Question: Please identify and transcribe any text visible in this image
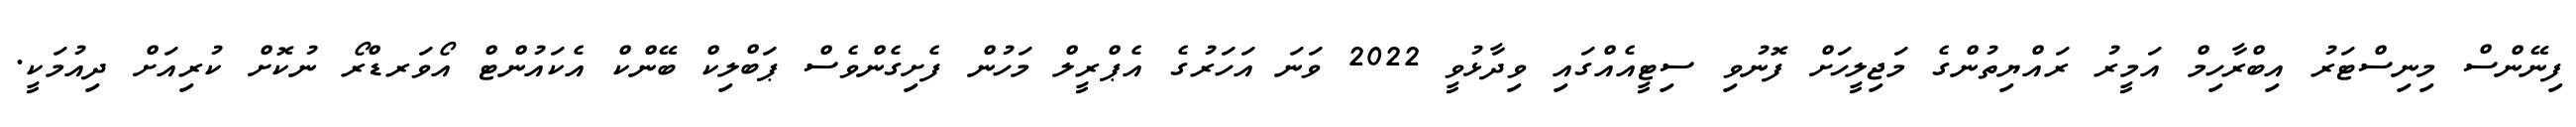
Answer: ފިނޭންސް މިނިސްޓަރު އިބްރާހިމް އަމީރު ރައްޔިތުންގެ މަޖިލީހަށް ފޮނުވި ސިޓީއެއްގައި ވިދާޅުވީ 2022 ވަނަ އަހަރުގެ އެޕްރީލް މަހުން ފެށިގެންވެސް ޕަބްލިކް ބޭންކް އެކައުންޓް އޯވަރޑްރޯ ނުކޮށް ކުރިއަށް ދިއުމަކީ.